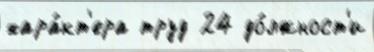
хара́кт'ера труд 24 до́лжност'и